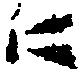
仁